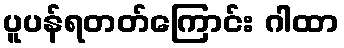
ပူပန်ရတတ်ကြောင်း ဂါထာ